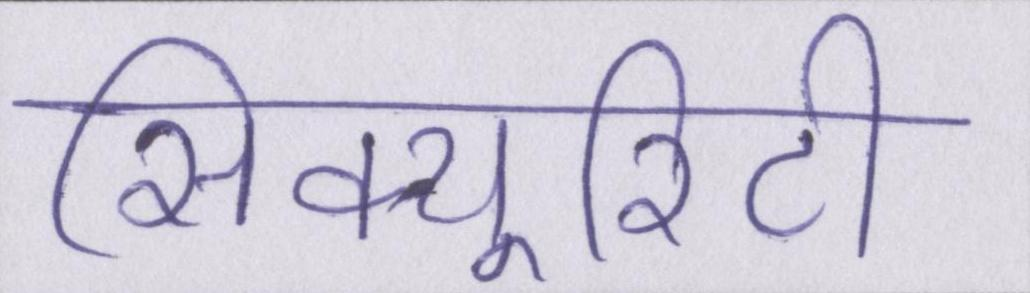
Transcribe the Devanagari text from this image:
सिक्यूरिटी